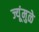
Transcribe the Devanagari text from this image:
ज्यूंमुळे